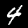
Digit: 4